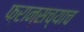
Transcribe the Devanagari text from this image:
फ्रान्सच्याच